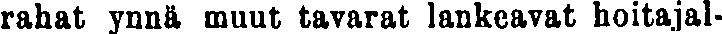
rahat ynnä muut tavarat lankeavat hoitajal-